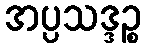
အပ္ပသဒ္ဒဉ္စ